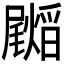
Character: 𭕺